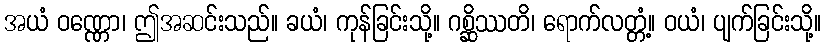
အယံ ဝဏ္ဏော၊ ဤအဆင်းသည်။ ခယံ၊ ကုန်ခြင်းသို့။ ဂစ္ဆိဿတိ၊ ရောက်လတ္တံ့။ ဝယံ၊ ပျက်ခြင်းသို့။